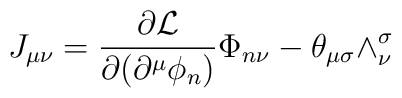
J_{\mu\nu} =\frac{\partial{\cal L}}{\partial(\partial^{\mu}\phi_{n})}\Phi_{n\nu}- \theta_{\mu\sigma}\wedge^{\sigma}_{\nu}